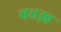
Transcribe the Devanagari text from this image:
बत्तख़